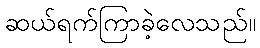
ဆယ်ရက်ကြာခဲ့လေသည်။